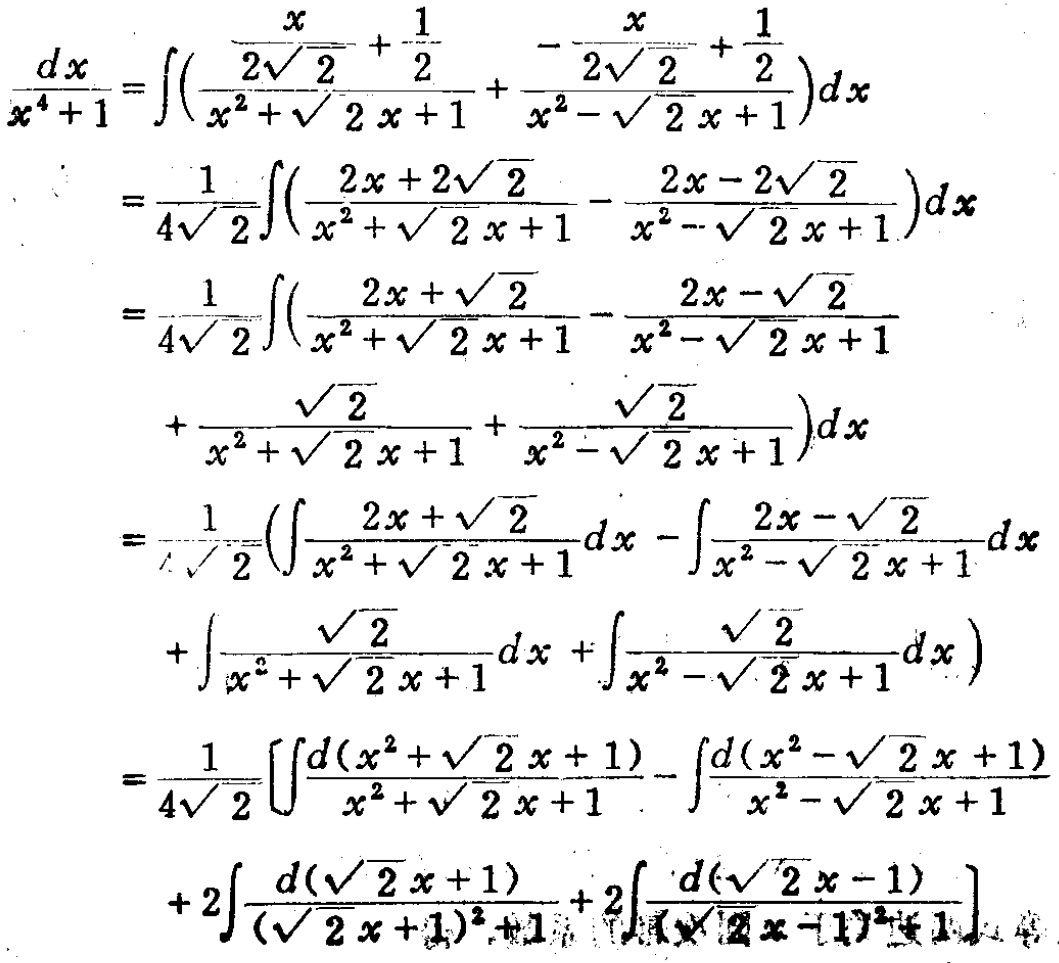
\begin{align*}
\frac{dx}{x^{4}+1}&=\int\left(\frac{\frac{x}{2\sqrt{2}}+\frac{1}{2}}{x^{2}+\sqrt{2}x + 1}+\frac{-\frac{x}{2\sqrt{2}}+\frac{1}{2}}{x^{2}-\sqrt{2}x + 1}\right)dx\\
&=\frac{1}{4\sqrt{2}}\int\left(\frac{2x + 2\sqrt{2}}{x^{2}+\sqrt{2}x + 1}-\frac{2x-2\sqrt{2}}{x^{2}-\sqrt{2}x + 1}\right)dx\\
&=\frac{1}{4\sqrt{2}}\int\left(\frac{2x+\sqrt{2}}{x^{2}+\sqrt{2}x + 1}-\frac{2x-\sqrt{2}}{x^{2}-\sqrt{2}x + 1}\right.\\
&\quad\left.+\frac{\sqrt{2}}{x^{2}+\sqrt{2}x + 1}+\frac{\sqrt{2}}{x^{2}-\sqrt{2}x + 1}\right)dx\\
&=\frac{1}{4\sqrt{2}}\left(\int\frac{2x+\sqrt{2}}{x^{2}+\sqrt{2}x + 1}dx-\int\frac{2x-\sqrt{2}}{x^{2}-\sqrt{2}x + 1}dx\right.\\
&\quad\left.+\int\frac{\sqrt{2}}{x^{2}+\sqrt{2}x + 1}dx+\int\frac{\sqrt{2}}{x^{2}-\sqrt{2}x + 1}dx\right)\\
&=\frac{1}{4\sqrt{2}}\left[\int\frac{d(x^{2}+\sqrt{2}x + 1)}{x^{2}+\sqrt{2}x + 1}-\int\frac{d(x^{2}-\sqrt{2}x + 1)}{x^{2}-\sqrt{2}x + 1}\right.\\
&\quad\left.+2\int\frac{d(\sqrt{2}x + 1)}{(\sqrt{2}x + 1)^{2}+1}+2\int\frac{d(\sqrt{2}x - 1)}{(\sqrt{2}x - 1)^{2}+1}\right]
\end{align*}